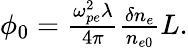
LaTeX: \begin{array}{r}{\phi_{0}=\frac{\omega_{pe}^{2}\lambda}{4\pi}\frac{\delta n_{e}}{n_{e0}}L.}\end{array}